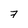
Character: 7